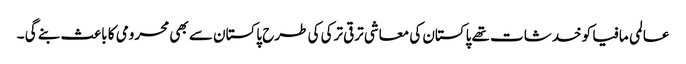
عالمی مافیا کو خدشات تھے پاکستان کی معاشی ترقی ترکی کی طرح پاکستان سے بھی محرومی کا باعث بنے گی ۔